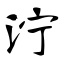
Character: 泞